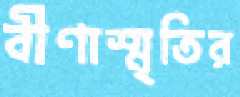
বীণাস্মৃতির